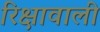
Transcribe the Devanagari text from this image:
रिक्षावाली